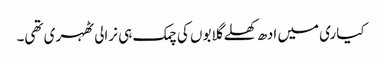
کیاری میں ادھ کھلے گلابوں کی چمک ہی نرالی ٹھہری تھی۔